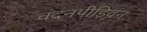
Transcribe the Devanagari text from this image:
चंदनपीड़िवन